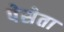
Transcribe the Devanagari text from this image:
पेसेता